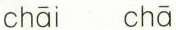
chāi chā